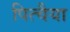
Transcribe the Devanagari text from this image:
पित्चैया